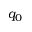
q _ { 0 }